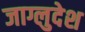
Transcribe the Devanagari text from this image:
जाग्लुदेश